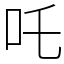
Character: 吒